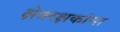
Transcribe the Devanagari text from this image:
क्षेत्ररक्षकांना